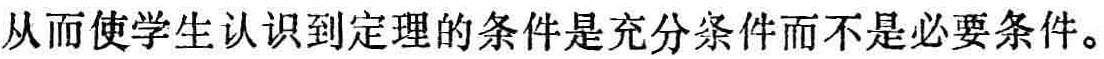
从而使学生认识到定理的条件是充分条件而不是必要条件。